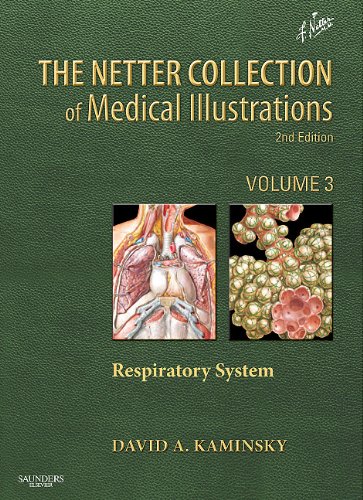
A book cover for The Netter Collection of Medical Illustrations: Respiratory System: Volume 3, 2e (Netter Green Book Collection); David Kaminsky MD; Health, Fitness & Dieting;